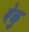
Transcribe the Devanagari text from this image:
वेळु